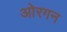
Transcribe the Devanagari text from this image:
ओरगन